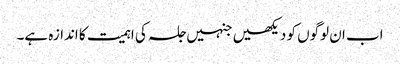
اب ان لوگوں کو دیکھیں جنہیں جلسہ کی اہمیت کا اندازہ ہے۔